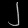
Digit: ၂